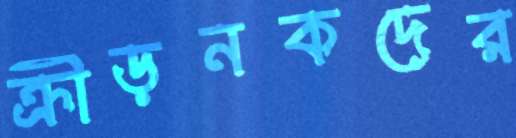
ক্রীড়নকদের